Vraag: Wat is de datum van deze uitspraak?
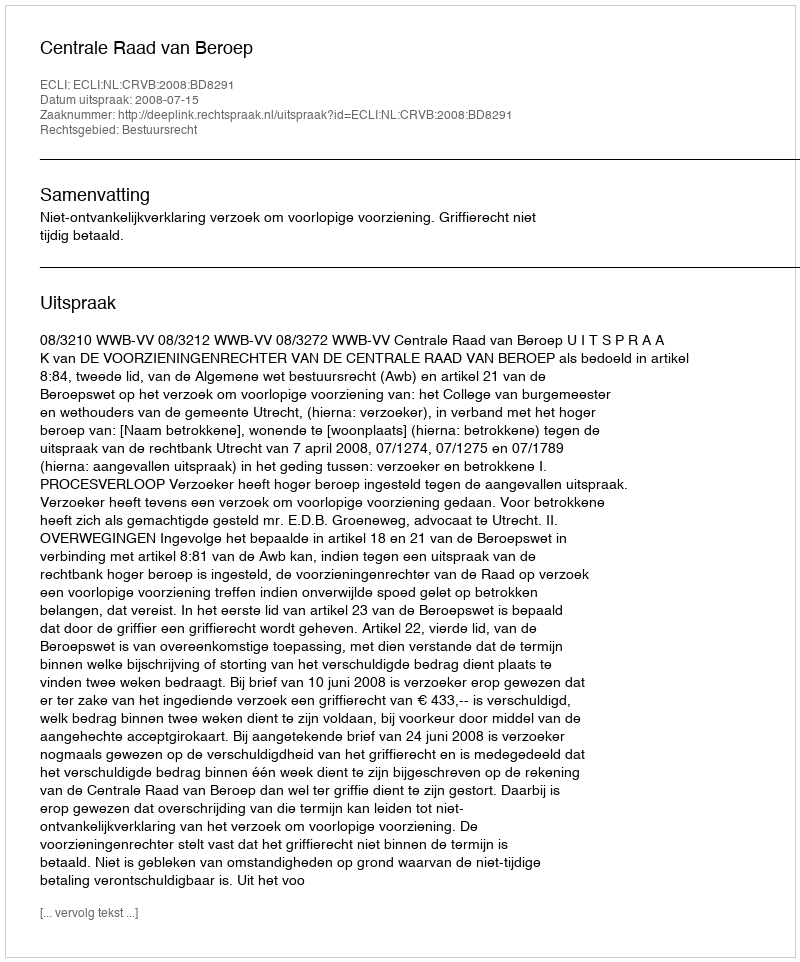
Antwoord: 2008-07-15